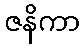
ဇနိကာ